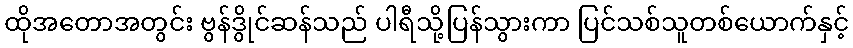
ထိုအတောအတွင်း ဗွန်ဒွိုင်ဆန်သည် ပါရီသို့ပြန်သွားကာ ပြင်သစ်သူတစ်ယောက်နှင့်